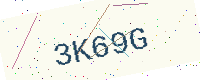
Text: 3K69G